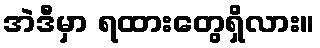
အဲဒီမှာ ရထားတွေရှိလား။